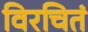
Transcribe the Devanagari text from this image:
विरचितं